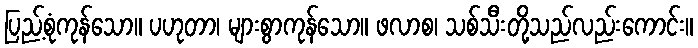
ပြည့်စုံကုန်သော။ ပဟုတာ၊ များစွာကုန်သော။ ဖလာစ၊ သစ်သီးတို့သည်လည်းကောင်း။